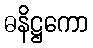
ဓနိဋ္ဌကော